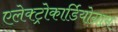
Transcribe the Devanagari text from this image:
एलेक्ट्रोकार्डियोग्राम